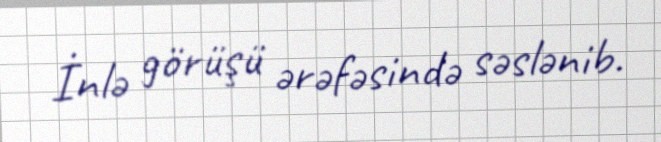
İnlə görüşü ərəfəsində səslənib.